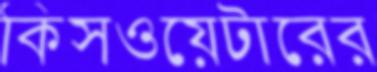
কিসওয়েটারের